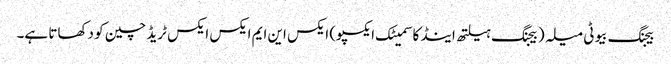
بیجنگ بیوٹی میلہ (بیجنگ ہیلتھ اینڈ کاسمیٹک ایکسپو) ایکس این ایم ایکس ایکس ٹریڈ چین کو دکھاتا ہے۔